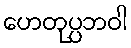
ဟေတုပ္ပဘဝါ